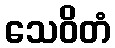
သေဝိတံ